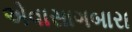
એવાસાગબારા